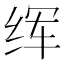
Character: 𦈉